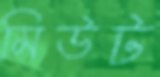
মিউট